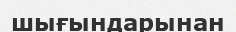
шығындарынан